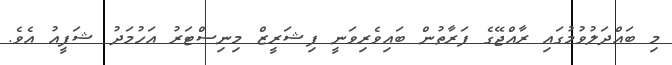
މި ބައްދަލުވުމުގައި ރާއްޖޭގެ ފަރާތުން ބައިވެރިވަނީ ފިޝަރީޒް މިނިސްޓަރު އަހުމަދު ޝަފީއު އެވެ.